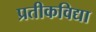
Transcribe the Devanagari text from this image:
प्रतीकविद्या